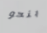
بنحو